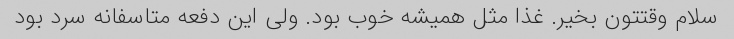
سلام وقتتون بخیر. غذا مثل همیشه خوب بود. ولی این دفعه متاسفانه سرد بود